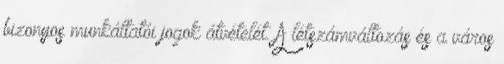
bizonyos munkáltatói jogok átvételét. A létszámváltozás és a város